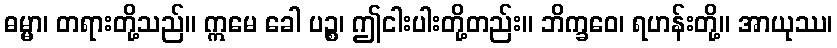
ဓမ္မာ၊ တရားတို့သည်။ ဣမေ ခေါ ပဉ္စ၊ ဤငါးပါးတို့တည်း။ ဘိက္ခဝေ၊ ရဟန်းတို့။ အာယုဿ၊